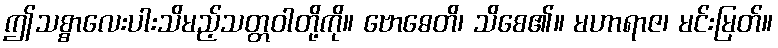
ဤသစ္စာလေးပါးသိမည့်သတ္တဝါတို့ကို။ ဗောဓေတိ၊ သိစေ၏။ မဟာရာဇ၊ မင်းမြတ်။